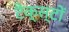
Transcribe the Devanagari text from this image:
टैक्स्टों